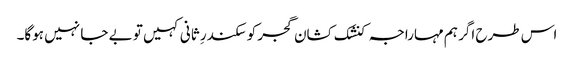
اس طرح اگر ہم مہاراجہ کنشک کشان گجر کو سکندرِ ثانی کہیں تو بے جا نہیں ہوگا۔